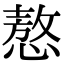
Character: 㥿